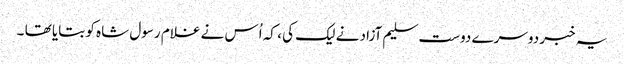
یہ خبر دوسرے دوست سلیم آزاد نے لیک کی ، کہ اُس نے غلام رسول شاہ کو بتایا تھا ۔